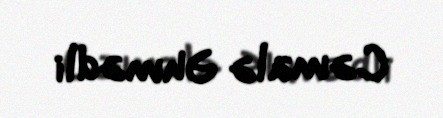
Cəmalə Əhmədli